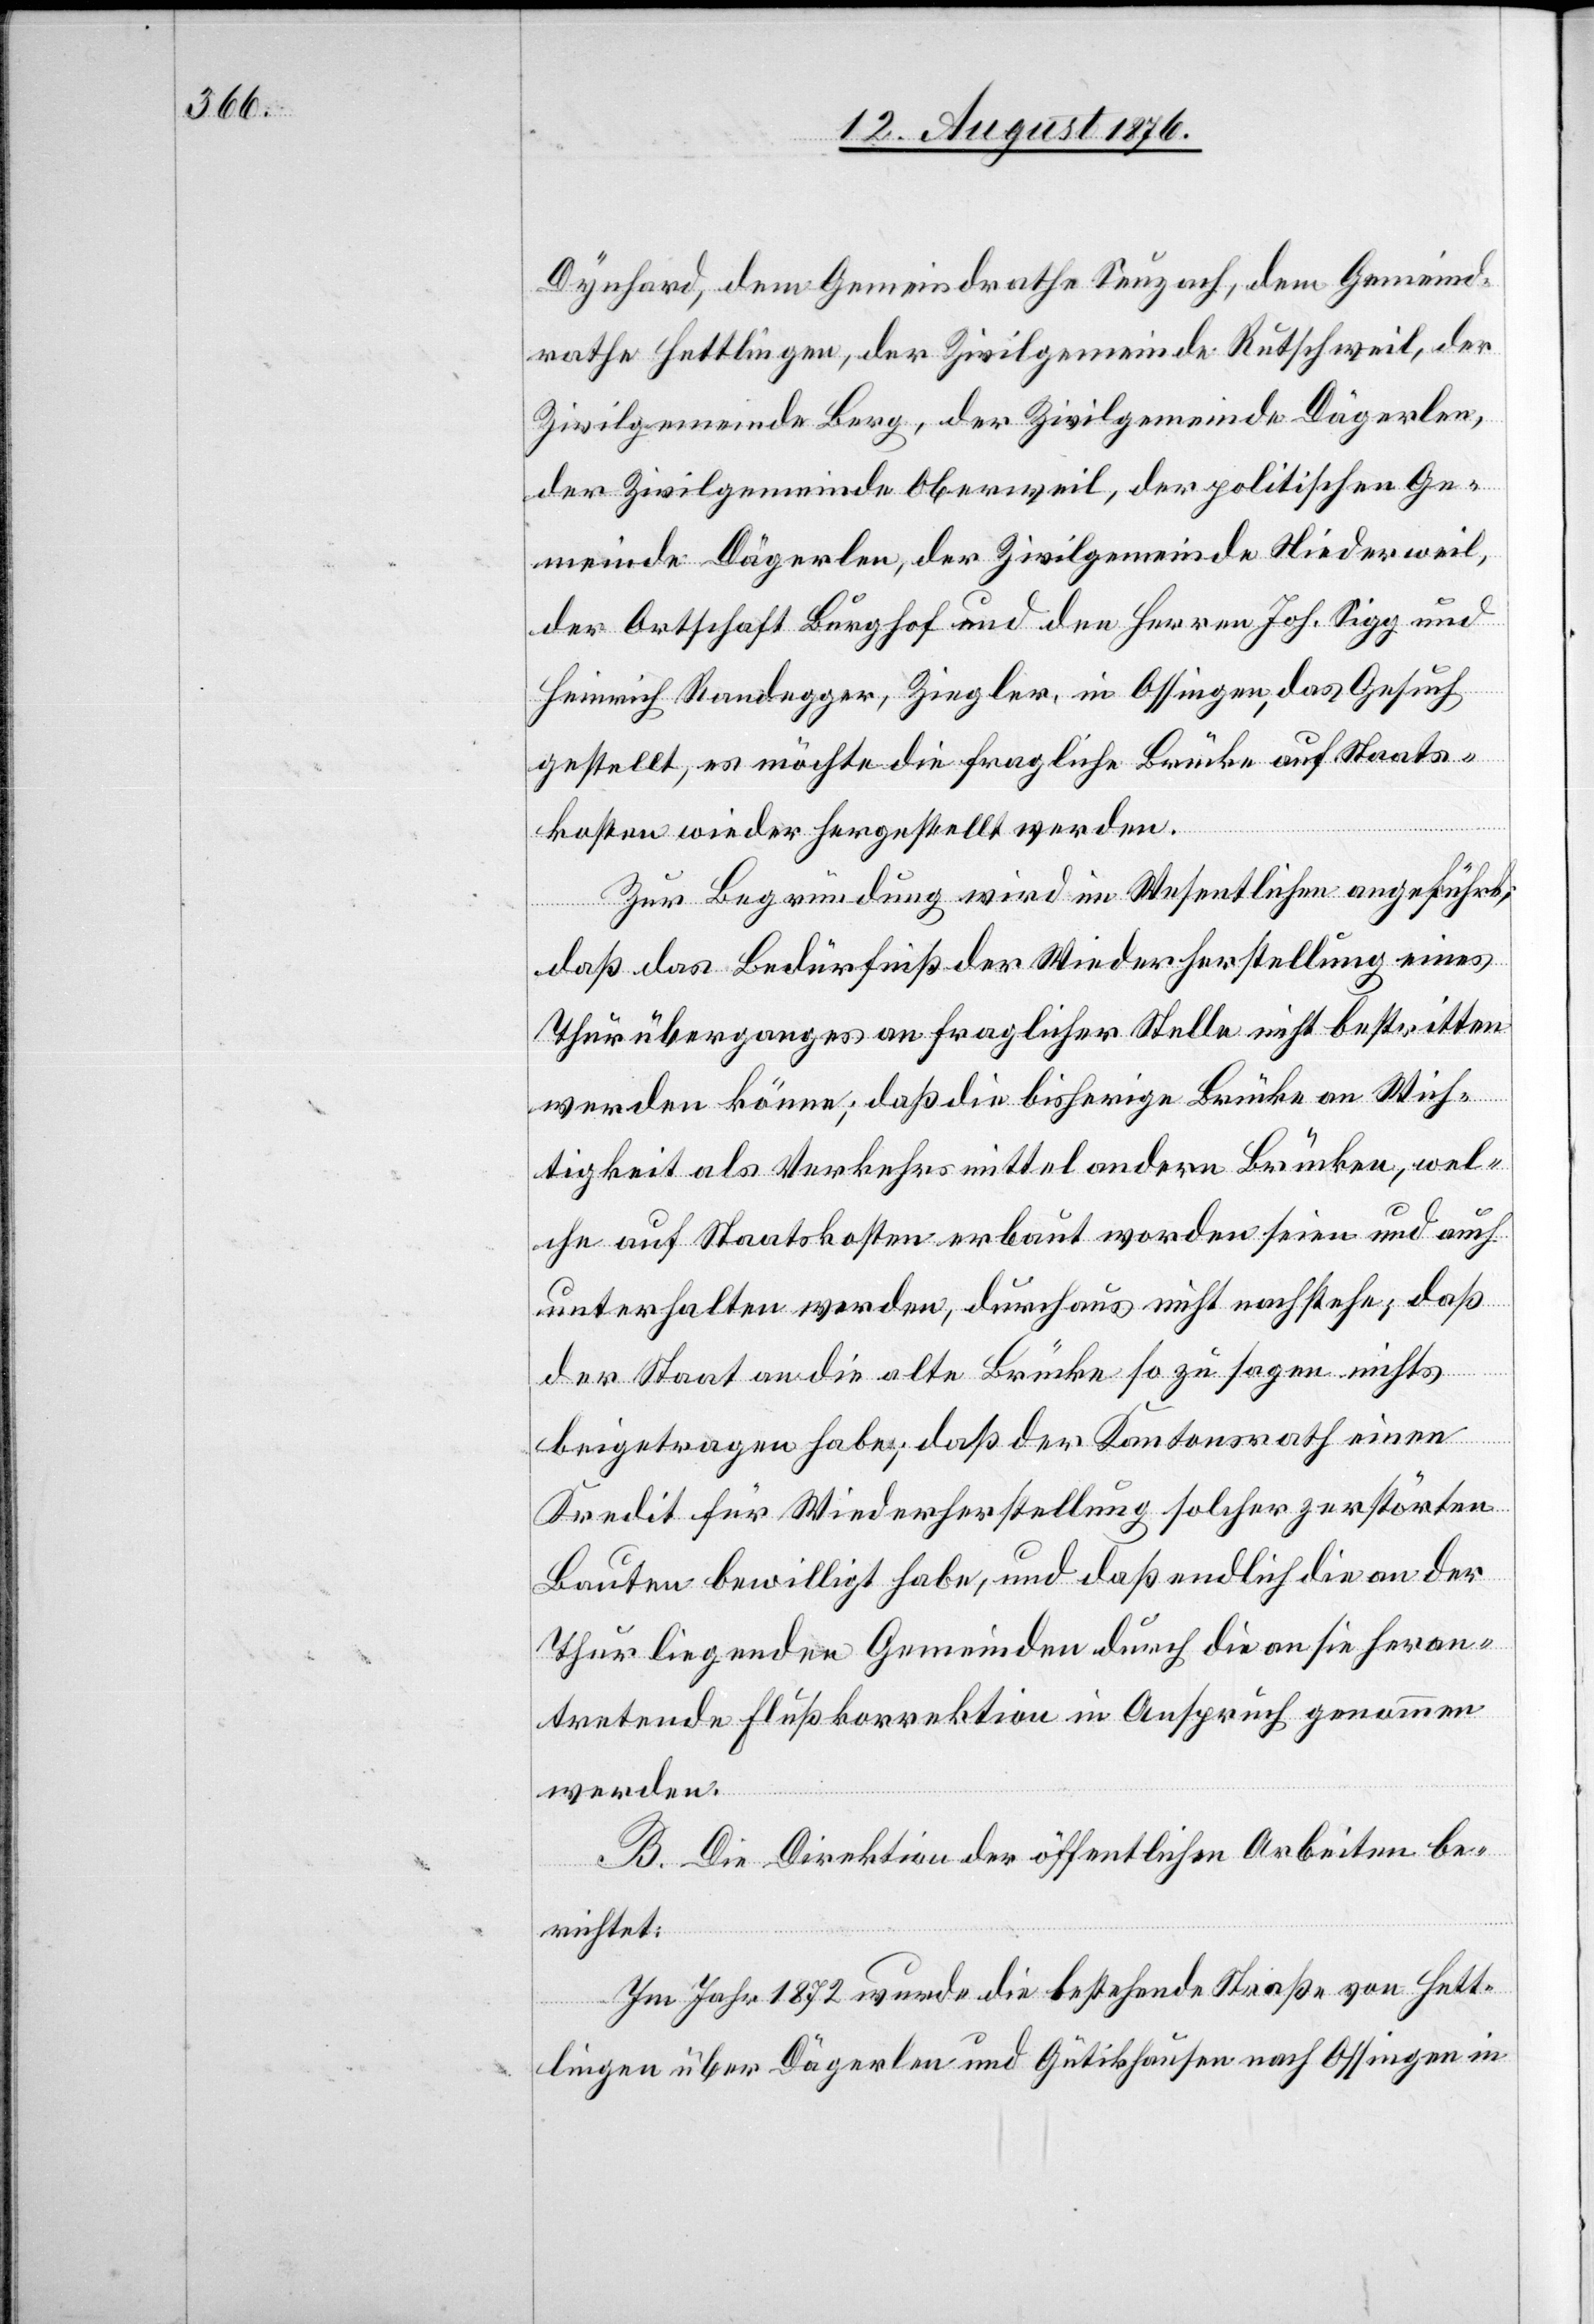
Dynhard, dem Gemeindrathe Seuzach, dem Gemeind¬
rathe Hettlingen, der Zivilgemeinde Rutschweil, der
Zivilgemeinde Berg, der Zivilgemeinde Dägerlen,
der Zivilgemeinde Oberweil, der politischen Ge¬
meinde Dägerlen, der Zivilgemeinde Niederweil,
der Ortschaft Burghof und den Herren Joh. Sigg und
Heinrich Randegger, Ziegler, in Ossingen, das Gesuch
gestellt, es möchte die fragliche Brücke auf Staats¬
kosten wiederhergestellt werden.
Zur Begründung wird im Wesentlichen angeführt,
daß das Bedürfniß der Wiederherstellung eines
Thurüberganges an fraglicher Stelle nicht bestritten
werden könne; daß die bisherige Brücke an Wich¬
tigkeit als Verkehrsmittel andere Brücken, wel¬
che auf Staatskosten erbaut worden seien und auch
unterhalten werden, durchaus nicht nachstehe; daß
der Staat an die alte Brücke so zu sagen nicht
beigetragen habe; daß der Kantonsrath einen
Kredit für Wiederherstellung solcher zerstörten
Bauten bewilligt habe, und daß endlich die an der
Thur liegenden Gemeinden durch die an sie heran¬
tretende Flußkorrektion in Anspruch genommen
werden.
B. Die Direktion der öffentlichen Arbeiten be¬
richtet:
Im Jahr 1872 wurde die bestehende Straße von Hett¬
lingen über Dägerlen und Gütikhausen nach Ossingen in